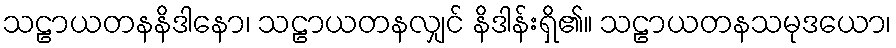
သဠာယတနနိဒါနော၊ သဠာယတနလျှင် နိဒါန်းရှိ၏။ သဠာယတနသမုဒယော၊